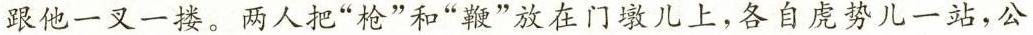
跟他一叉一搂。两人把“枪”和“鞭”放在门墩儿上，各自虎势儿一站，公